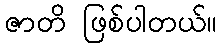
ဇာတိ ဖြစ်ပါတယ်။